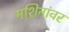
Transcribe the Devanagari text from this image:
मशिनांवर